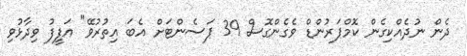
ދެން ނުދެއްކިގެން ކޮމްޕަރުންޑް ވެގެންގޮސް 39 ޕަސެންޓަށް އެބަ އިތުރުވޭ" އަފީފު ވިދާޅުވި